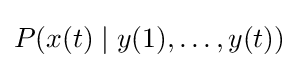
P(x(t)\mid y(1),\dots ,y(t))